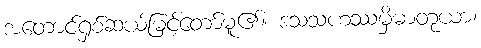
အတောင်ရှစ်ဆယ်မြင့်တော်မူ၏။ ဒသသဟဿမှိဓာတုယာ၊